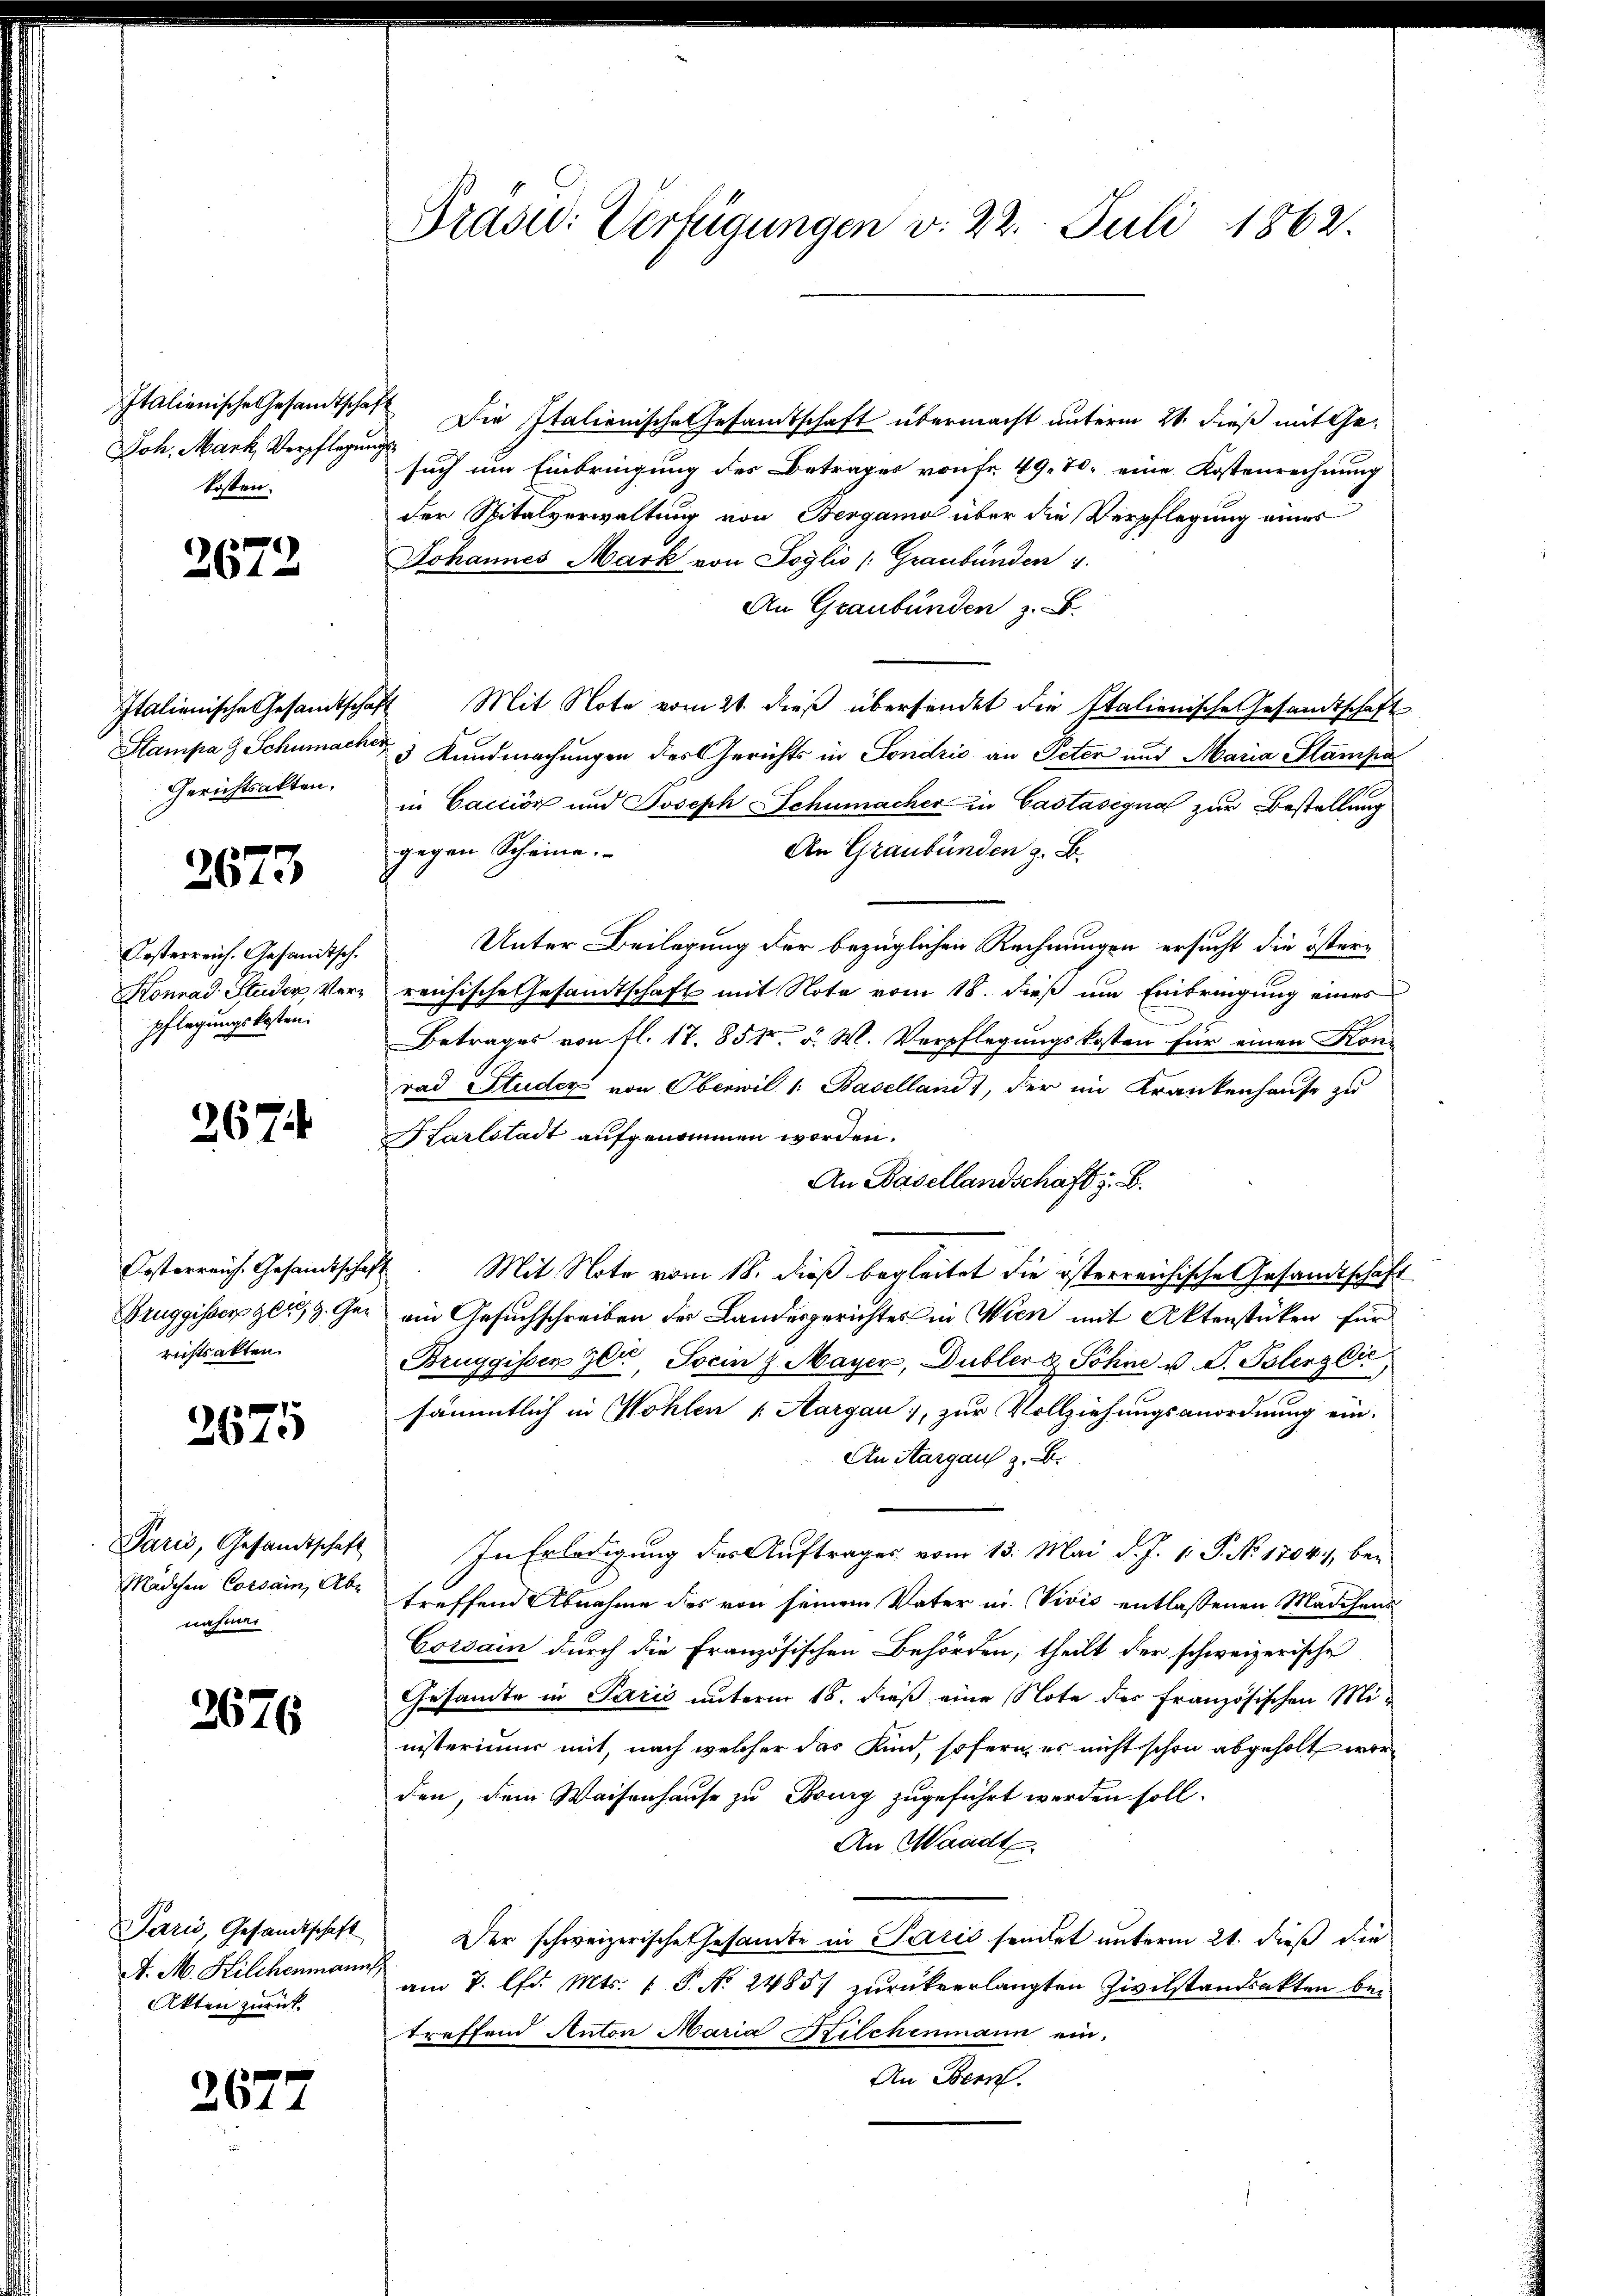
Italienische Gesandtschaf
Joh. Mark, Verpflegung
kosten.

2672

Italienische Gesandtschaft
Sampa 9 Schumacher
Gerichtsakten.

2673

Kosterreich. Gesandtsch.
Konrad Studer, Verpflegungskosten.

267.

Kosterreich. Gesandtschaf
Bruggisser Zelg. Gerichtsakten.

2675

Paris, Gesandtschaft
Mädchen Corsam, Abe
nahmen

2676

Paris, Gesandtschaft
A. M. Kilchenmann,
Akten zurück

2677

Trasad: Verfügungen v. 22. Juli 1862.

Die Italienische Gesamtschaft übermacht unterm 21. dieß mit Ge-
i
such um Einbringung des Betrages von fr. 49. 70, eine Kostenrechnung
der Spitalverwaltung von Bergamo über die Verpflegung eines
Johannes Mark von Joglio Graubünden 4.
An Graubünden z. B.
2 Mit Note vom 21. dieß übersendet die Italienische Gesandtschaft
3 Kundmachungen des Gerichts in Fondrio an Peter und Maria Stampain Caccion und Joseph Schumacher in Gastasignal zur Bestellung
gegen Scheine.
An Graubünden z. B.
Unter Beilegung der bezüglichen Rechnungen ersucht die österreichische Gesandtschaft mit Nota vom 18. dieß um Einbringung eines
Betrages von fl. 17. 85. v. W. Verpflegungskosten für einen Kon
rad Studer von Oberwil 1. Baselland), der im Krankenhause zu
Karlstadt aufgenommen worden.
An Basellandschaft z. B.
 Mit Note vom 18. dieß begleitet die österreichische Gesandtschäft
ein Gesuchschreiben der Landesgerichtes in Wien mit Aktenstücken für
Bruggissen zer, Socin z. Mayer, Dubler & Söhne u. V. Pelerger
sämmtlich in Wohlen Aargau, zur Vollziehungsanordnung ein-
An Aargau z. B.
In Erledigung des Auftrages vom 13. Mai d. J. 1. P. No 1804., betreffend Abnahme des von seinem Vater in Vivić entlassenen Mädchens
Corsam durch die Französischen Behörden, theilt der schweizerische
Gesamte in Paris unterm 18. dieß eine Note des Französischen Ministerimum mit, nach welcher das Kind, sofern, es nicht schon abgeholt worden, dem Waisenhause zu Burg zugeführt werden soll.
An Waadt.
Der schweizerische Gesamte in Paris sendet unterm 21. dieß die
am 7. d. Mts. 1 P. No. 24857 zurückverlangten Zivilstandsakten betreffend Anton Maria Hilchenmann ein.
An Bern.